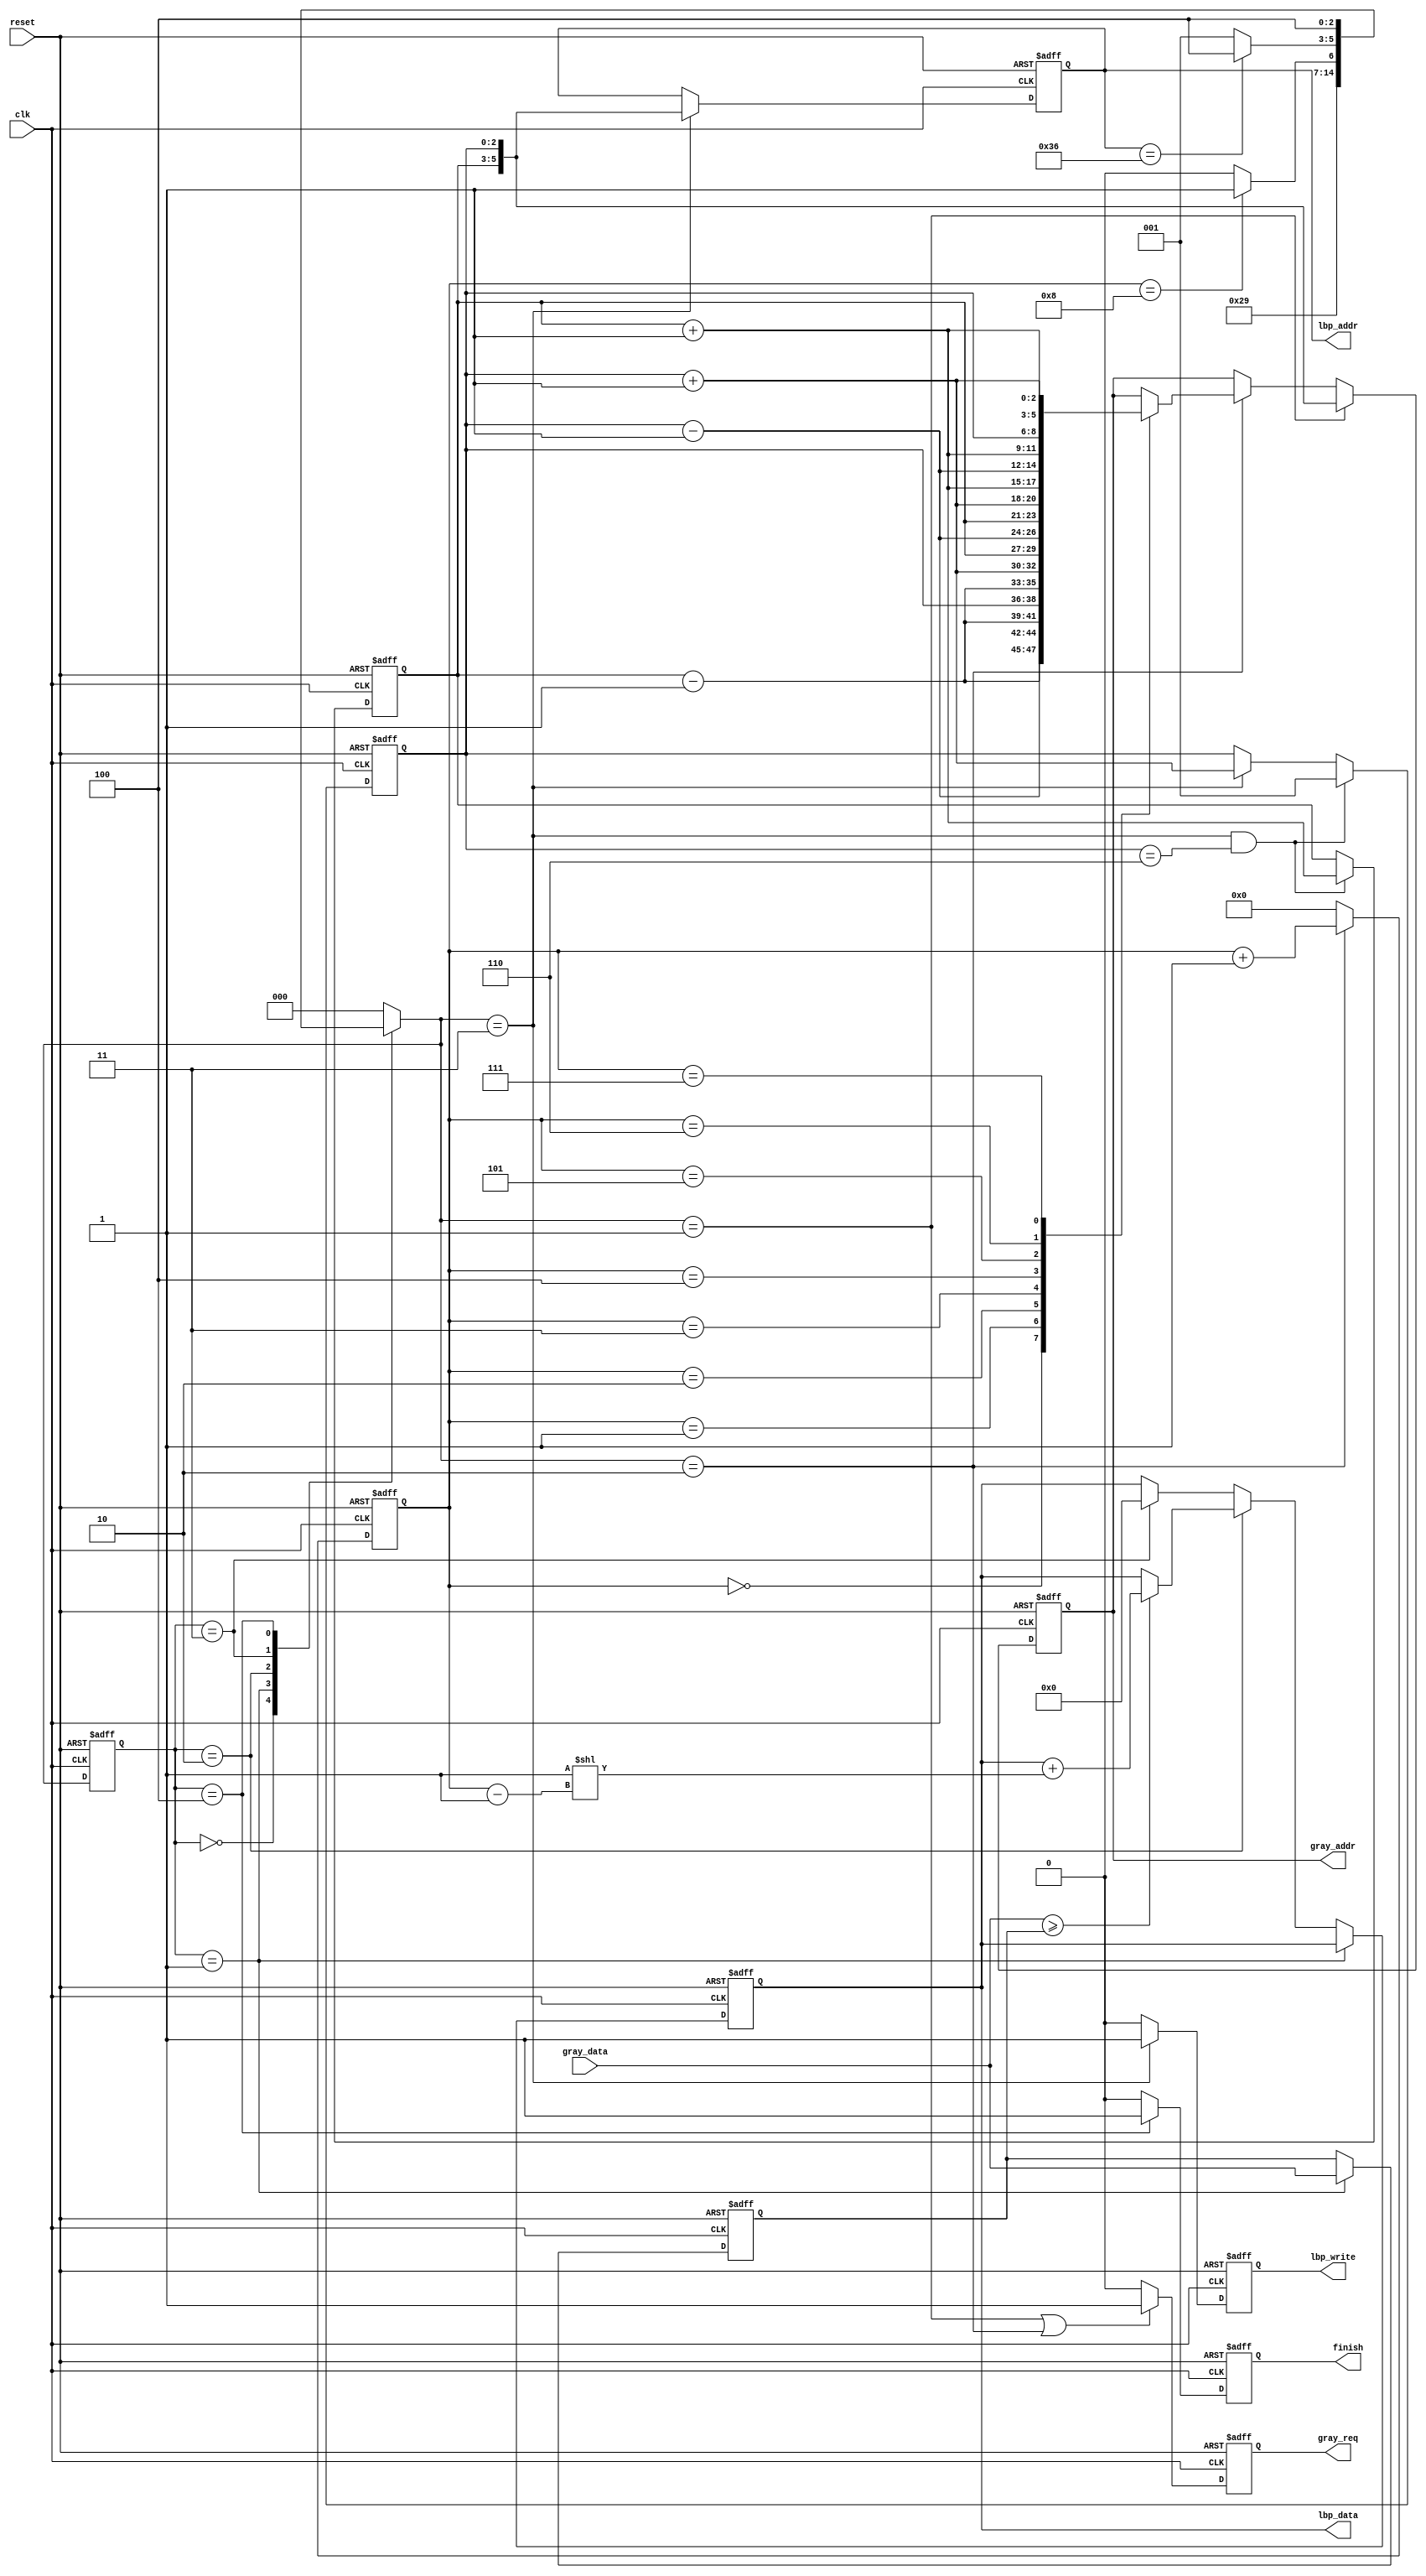
`timescale 1ns/10ps
module LBP ( clk, reset, gray_addr, gray_req, gray_data, lbp_addr, lbp_write, lbp_data, finish);
input   	clk;
input   	reset;
output reg [5:0] 	gray_addr;
output reg        	gray_req;
input   	[7:0] 	gray_data;
output reg [5:0] 	lbp_addr;
output reg 		lbp_write;
output reg [7:0] 	lbp_data;
output reg 	finish;

//state
parameter IDLE = 3'd0, RDGC = 3'd1, RDGP = 3'd2, WD = 3'd3, FINISH = 3'd4;
//reg
reg [2:0] cs,ns;
reg [7:0] gc_data;
reg [2:0] x,y;
wire [2:0] x1,x3,y1,y3;
reg [3:0] cnt;
wire[3:0]cnt_r;

//current-state
always@(posedge clk or posedge reset)
begin
	if(reset) cs<=IDLE;
	else cs<=ns;
end

//next-state
always@(*)
begin
	case(cs)
	IDLE:ns=RDGC;
	RDGC:ns=RDGP;
	RDGP:ns=(cnt==8)?WD:RDGP;
	WD:ns=(lbp_addr==6'd54)?FINISH:RDGC;
	FINISH:ns=FINISH;
	default:ns=IDLE;
	endcase
end

//Input
/*gc_addr
always@(posedge clk or posedge reset)
begin
	if(reset) gc_addr<=6'd0;
	else if(cs==RDGC) gc_addr<={y,x}
end*/

//control addr
//x
always@(posedge clk or posedge reset)
begin
	if(reset) x<=3'd1; //reset
	else if(ns==WD&&x==3'd6) x<=3'd1; //origin
	else if(ns==WD) x<=x+3'd1; //range of x:0-6
end
//y
always@(posedge clk or posedge reset)
begin
	if(reset) y<=3'd1;
	else if(ns==WD&&x==3'd6) y<=y+1;
	else if(ns==WD) y<=y;
end
//cnt
always@(posedge clk or posedge reset)
begin
	if(reset) cnt<=4'd0;
	else if(ns==RDGP) cnt<=cnt+4'd1;
	else cnt<=4'd0;
end

//index
assign y1=y-1;
assign y3=y+1;
assign x1=x-1;
assign x3=x+1;


//output
//gray_req
always@(posedge clk or posedge reset)
begin
	if(reset) gray_req<=1'd0;
	else if(ns==RDGC||ns==RDGP) gray_req<=1'd1;
	else gray_req<=1'd0;
end

//gray_addr 
always@(posedge clk or posedge reset)
begin
	if(reset) gray_addr<=6'd0;
	else if(ns==RDGC) gray_addr<={y,x}; //position chance beforerecieve data
	else if(ns==RDGP) 
	begin
		case(cnt)
				0:gray_addr<={y1,x1};
                1:gray_addr<={y1,x};
                2:gray_addr<={y1,x3};
                3:gray_addr<={y,x1};
                4:gray_addr<={y,x3};
                5:gray_addr<={y3,x1};
                6:gray_addr<={y3,x};
                7:gray_addr<={y3,x3};
		endcase
	end
end
assign cnt_r=cnt-1;
//lbp_data
always@(posedge clk or posedge reset)
begin
        if(reset)begin lbp_data<=8'd0; gc_data<=8'd0;end
        else if(cs==RDGC) gc_data<=gray_data;
        else if(cs==RDGP)
		begin
		if(gray_data>=gc_data)
			lbp_data<=lbp_data+(8'd1<<cnt_r);
		end
	else if(cs==WD) lbp_data<=8'd0;
end

//lbp_addr
always@(posedge clk or posedge reset)
begin
	if(reset) lbp_addr<=6'd0;
	else if(ns==WD) lbp_addr<={y,x};
end
//lbp_write
always@(posedge clk or posedge reset)
begin
	if(reset) lbp_write<=1'd0;
	else if(ns==WD) lbp_write<=1'd1;
	else lbp_write<=1'd0;
end
//finish
always@(posedge clk or posedge reset)
begin
	if(reset) finish<=1'd0;
	else if(cs==FINISH) finish<=1'd1;
	else finish<=1'd0;
end

endmodule